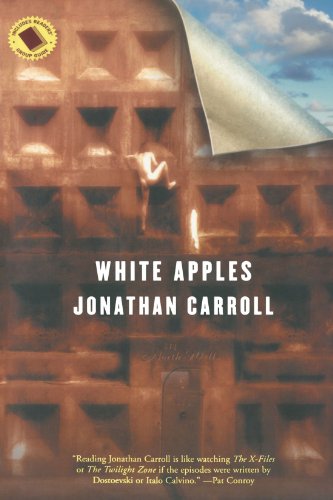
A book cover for White Apples; Jonathan Carroll; Science Fiction & Fantasy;